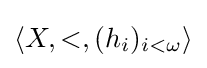
\langle X,<,(h_{i})_{i<\omega }\rangle